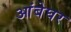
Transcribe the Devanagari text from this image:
आंबेघर